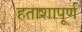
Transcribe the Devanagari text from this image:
हताशापूर्ण